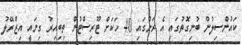
ކައުންސިލުން ބުނިގޮތުގައި އެ ރަށުގައި 40 ހަކަށް ޓޫރިސްޓުން ތިބިއިރު ގިނައީ އިޒްރޭލު